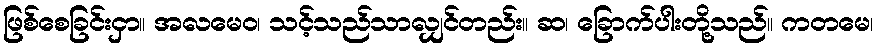
ဖြစ်စေခြင်းငှာ။ အလမေဝ၊ သင့်သည်သာလျှင်တည်း။ ဆ၊ ခြောက်ပါးတို့သည်။ ကတမေ၊